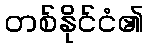
တစ်နိုင်ငံ၏